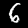
Digit: 6